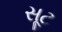
સૂટ